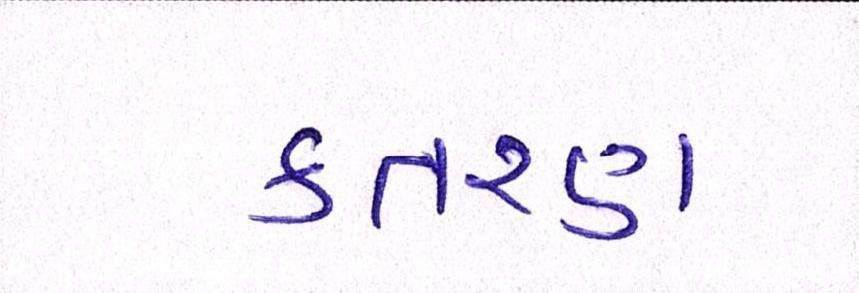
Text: કતરણ